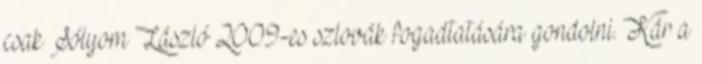
csak Sólyom László 2009-es szlovák fogadtatására gondolni. Kár a